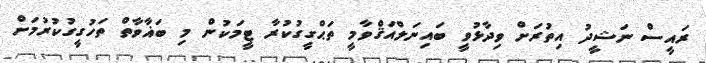
ރައީސް ނަޝީދު އިތުރަށް ވިދާޅުވީ ބައިނަލްއަޤްވާމީ ތަޙްގީގުކުރާ ޓީމަކުން މި ބަޣާވާތް ތަހުގީގުކުރުމަށް